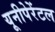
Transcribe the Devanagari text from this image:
यूनीपेरेंटल